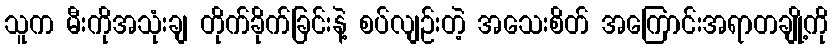
သူက မီးကိုအသုံးချ တိုက်ခိုက်ခြင်းနဲ့ စပ်လျဉ်းတဲ့ အသေးစိတ် အကြောင်းအရာတချို့ကို